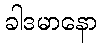
ခါဒမာနော